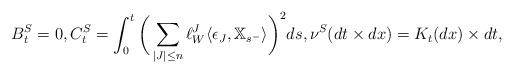
LaTeX: \begin{align*} B^S_t=0, C^S_t=\int_0^t\bigg(\sum_{|J|\leq n}\ell^J_W\langle \epsilon_{J},\mathbb{X}_{s^-}\rangle \bigg)^2ds, \nu^S(dt\times dx)=K_t(dx)\times dt,\end{align*}